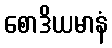
စောဒိယမာနံ